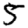
Digit: 5